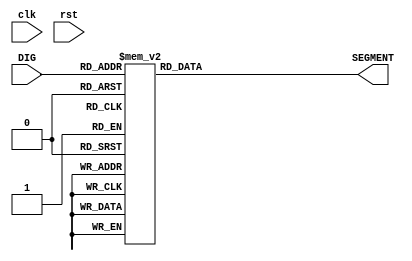
module Nixie_tube (
    input  wire clk,
    input  wire rst,
    input  wire [3:0]DIG,
    output reg  [7:0]SEGMENT 
);
   
    always @(*) begin
        case (DIG)
            4'd0: SEGMENT=8'b00000011;
            4'd1: SEGMENT=8'b10011111;
            4'd2: SEGMENT=8'b00100101;
            4'd3: SEGMENT=8'b00001101;
            4'd4: SEGMENT=8'b10011001;
            4'd5: SEGMENT=8'b01001001;
            4'd6: SEGMENT=8'b01000001;
            4'd7: SEGMENT=8'b00011111;
            4'd8: SEGMENT=8'b00000001;
            4'd9: SEGMENT=8'b00011001;
            4'd10: SEGMENT=8'b00010001;
            4'd11: SEGMENT=8'b11000001;
            4'd12: SEGMENT=8'b11100101;
            4'd13: SEGMENT=8'b10000101;
            4'd14: SEGMENT=8'b01100001;
            4'd15: SEGMENT=8'b01110001;
            default: SEGMENT=8'b11111111;
        endcase
    end

endmodule //Nixie_tube